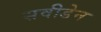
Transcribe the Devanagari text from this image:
सवीडेन